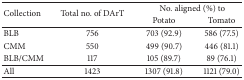
| <ROWSPAN=2> Collection | <ROWSPAN=2> Total no. of DArT | <COLSPAN=2> No. aligned (%) to |
 | Potato | Tomato |
 | --- | --- | --- | --- |
 | BLB | 756 | 703 (92.9) | 586 (77.5) |
 | CMM | 550 | 499 (90.7) | 446 (81.1) |
 | BLB/CMM | 117 | 105 (89.7) | 89 (76.1) |
 | All | 1423 | 1307 (91.8) | 1121 (79.0) |